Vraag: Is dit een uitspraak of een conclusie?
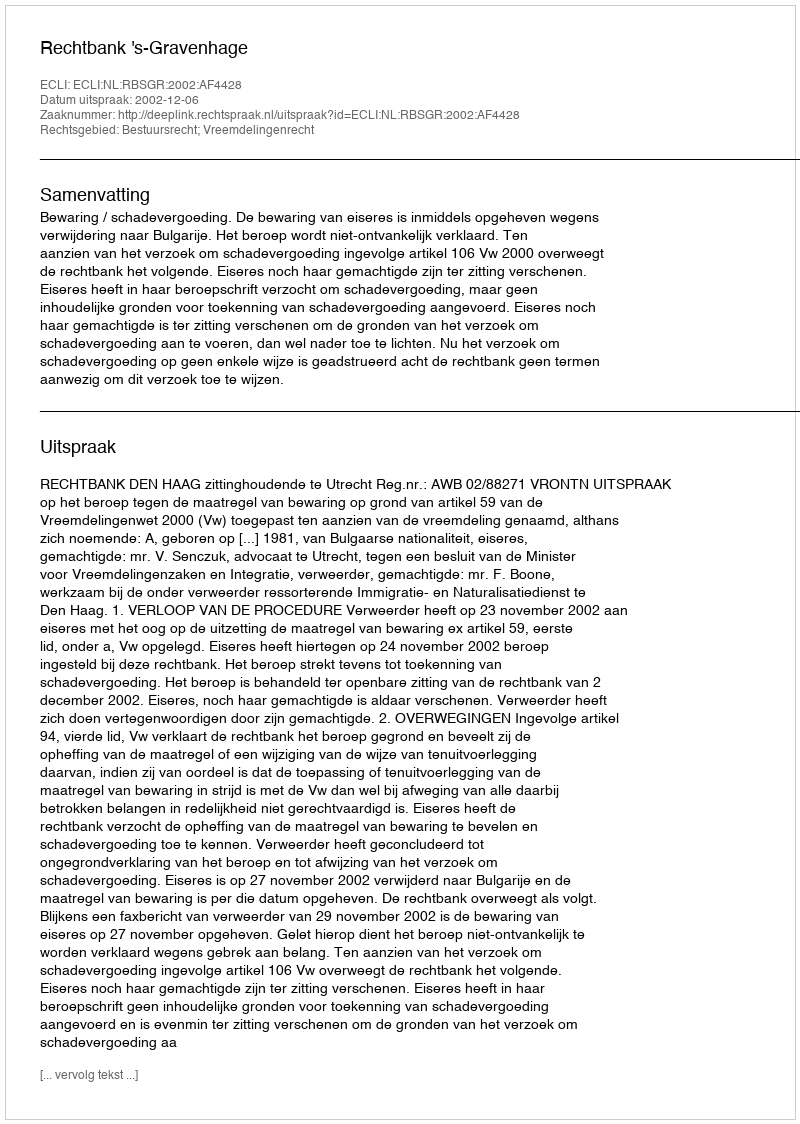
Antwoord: Uitspraak